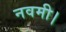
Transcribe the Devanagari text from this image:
नवमी।